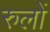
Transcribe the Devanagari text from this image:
रुलों